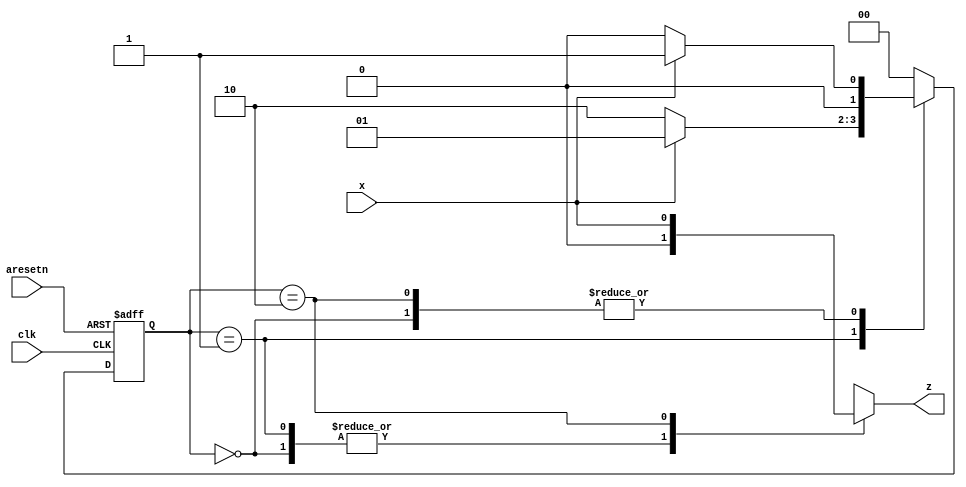
`timescale 1ns / 1ps

// The question is from:
// https://hdlbits.01xz.net/wiki/Exams/ece241_2013_q8
//
// FSM state transition graph:
// https://blog.csdn.net/Reborn_Lee/article/details/103453737
module answer_01xz(
	input clk,
	input aresetn,
	input x,
	output reg z
);

	// Give state names and assignments. I'm lazy, so I like to use decimal numbers.
	// It doesn't really matter what assignment is used, as long as they're unique.
	parameter S=0, S1=1, S10=2;
	reg[1:0] state, next;		// Make sure state and next are big enough to hold the state encodings.
	
	
	
	// Edge-triggered always block (DFFs) for state flip-flops. Asynchronous reset.			
	always@(posedge clk, negedge aresetn)
		if (!aresetn)
			state <= S;
		else
			state <= next;
			
	

    // Combinational always block for state transition logic. Given the current state and inputs,
    // what should be next state be?
    // Combinational always block: Use blocking assignments.    
	always@(*) begin
		case (state)
			S: next = x ? S1 : S;
			S1: next = x ? S1 : S10;
			S10: next = x ? S1 : S;
			default: next = S;
		endcase
	end
	
	
	
	// Combinational output logic. I used a combinational always block.
	// In a Mealy state machine, the output depends on the current state *and*
	// the inputs.
	always@(*) begin
		case (state)
			S: z = 0;
			S1: z = 0;
			S10: z = x;		// This is a Mealy state machine: The output can depend (combinational) on the input.
			default: z = 1'bX;
		endcase
	end
	
endmodule

// My solution
module fsm_seq_101_mealy (
    input clk,
    input aresetn,    // Asynchronous active-low reset
    input x,
    output z ); 

    parameter S1 = 3'b00, S2 = 3'b01, S3 = 3'b10;
    reg [1:0] state_c, state_n;
    always @ (posedge clk or negedge aresetn) begin
        if (!aresetn)
            state_c <= S1;
        else
            state_c <= state_n;
    end
    
    always @ (*) begin
        case (state_c)
            S1: state_n = x ? S2 : S1;
            S2: state_n = x ? S2 : S3;
            S3: state_n = x ? S2 : S1;
            default: state_n = S1;
        endcase
    end
    
    assign z = state_c == S3 && x == 1;
endmodule

module fsm_seq_101_moore (
    input clk,
    input aresetn,    // Asynchronous active-low reset
    input x,
    output z ); 

    parameter S1 = 0, S2 = 1, S3 = 2, S4 = 4;
    reg [2:0] state_c, state_n;
    always @ (posedge clk or negedge aresetn) begin
        if (!aresetn)
            state_c <= S1;
        else
            state_c <= state_n;
    end
    
    always @ (*) begin
        case (state_c)
            S1: state_n = x ? S2 : S1;
            S2: state_n = x ? S2 : S3;
            S3: state_n = x ? S4 : S1;
            S4: state_n = x ? S2 : S3;
            default: state_n = S1;
        endcase
    end
    reg z_r;
    always @ (posedge clk or negedge aresetn) begin
        if (!aresetn)
            z_r <= 0;
        else if (state_n == S4)
            z_r <= 1;
        else
            z_r <= 0;
    end
    assign z = z_r;
endmodule